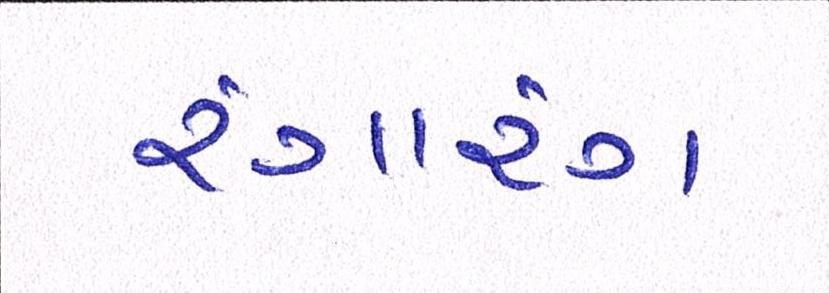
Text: રંગારંગ